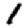
Digit: 1